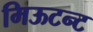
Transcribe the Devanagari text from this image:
मिऊटन्ट